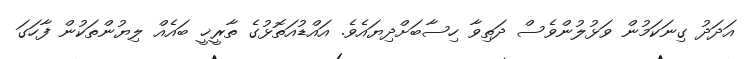
އަދަދު ގިނަކަމުން ވަޅުލުންވެސް ދަތިވާ ހިސާބަށްދިޔައެވެ. އައްޑުއަތޮޅުގެ ތާރީޚީ ބައެއް ލިޔުންތަކުން ފާހަގަ